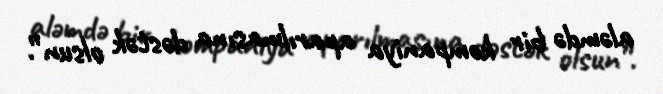
aləmdə bir kompaniya aparılmasına dəstək olsun”.